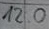
Text: 120